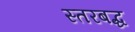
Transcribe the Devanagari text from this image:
स्तरबद्ध